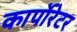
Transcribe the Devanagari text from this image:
कार्पोरेटर